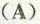
(A)